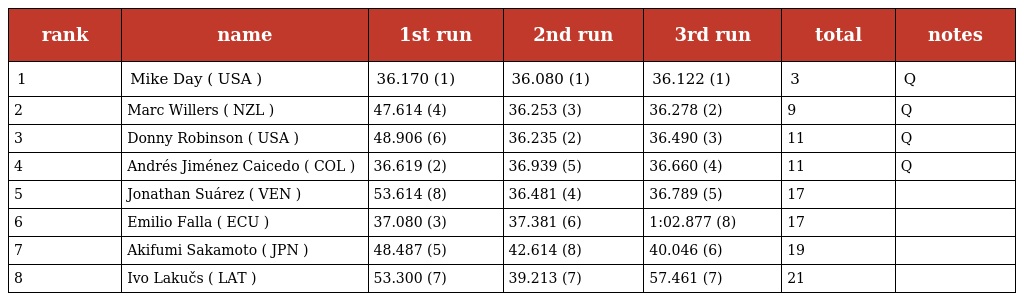
| rank | name | 1st run | 2nd run | 3rd run | total | notes |
 | --- | --- | --- | --- | --- | --- | --- |
 | 1 | Mike Day ( USA ) | 36.170 (1) | 36.080 (1) | 36.122 (1) | 3 | Q |
 | 2 | Marc Willers ( NZL ) | 47.614 (4) | 36.253 (3) | 36.278 (2) | 9 | Q |
 | 3 | Donny Robinson ( USA ) | 48.906 (6) | 36.235 (2) | 36.490 (3) | 11 | Q |
 | 4 | Andrés Jiménez Caicedo ( COL ) | 36.619 (2) | 36.939 (5) | 36.660 (4) | 11 | Q |
 | 5 | Jonathan Suárez ( VEN ) | 53.614 (8) | 36.481 (4) | 36.789 (5) | 17 |  |
 | 6 | Emilio Falla ( ECU ) | 37.080 (3) | 37.381 (6) | 1:02.877 (8) | 17 |  |
 | 7 | Akifumi Sakamoto ( JPN ) | 48.487 (5) | 42.614 (8) | 40.046 (6) | 19 |  |
 | 8 | Ivo Lakučs ( LAT ) | 53.300 (7) | 39.213 (7) | 57.461 (7) | 21 |  |